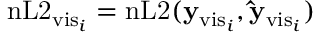
\mathrm { n L 2 } _ { \mathrm { v i s } _ { i } } = \mathrm { n L 2 } ( \mathbf { y } _ { \mathrm { v i s } _ { i } } , \mathbf { \hat { y } } _ { \mathrm { v i s } _ { i } } )